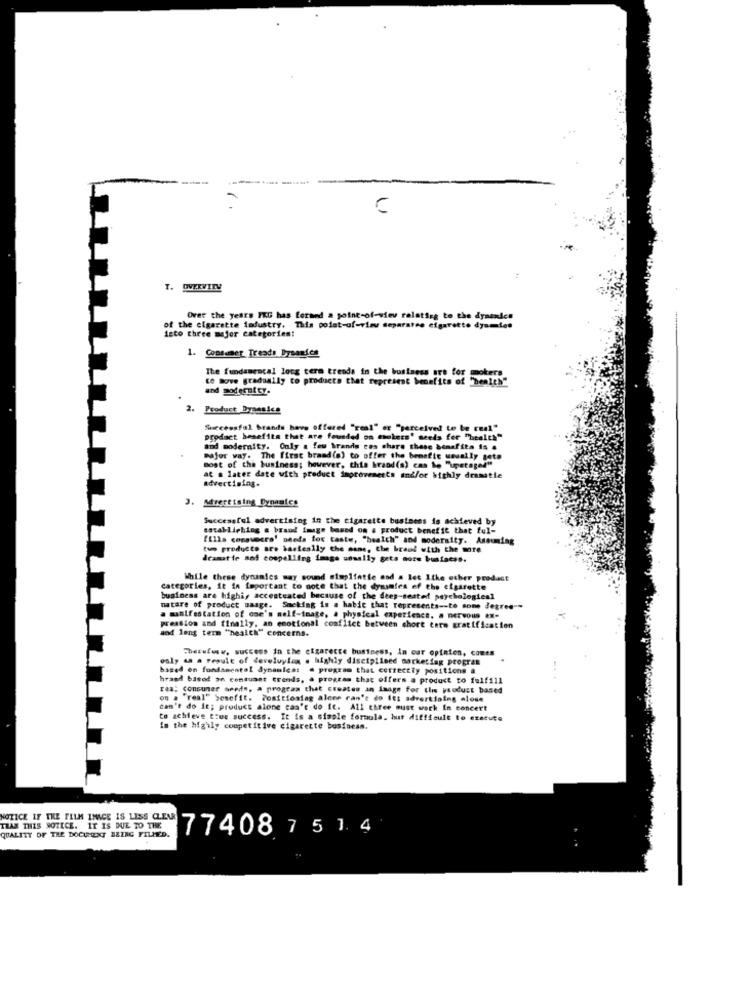
T. OVERVIEW
Over the years IKG has formed a point-of-view relating to the dynenden
isto three mejor categorien!
of the cigarette industry. This point-of-view separatee cigarette dyamtes
1. Consumer Tresds Dysanies
The fundamental long term trends in the business are for smokers
to move gradually to products that represent benefits of "bealch"
and podecutty.
2. Product Dyansles
Successful brands have offered "real" er "perceived to be real"
product benefits that are founded on mokets' seeds for "health"
and modernity. Only a few brands ens share these benefits is #
major way. The first brand(o) to offer the benefit usually gets
most of the business; however, this brand(s) cas ie "upetaged"
at a later date with product improvements and/or highly dramatie
advertising.
. Advertising Dynamics
Successful advertising in the cigarette business is achieved by
establishing a brand image based on a product benefit that ful-
fills consuecro' needs for taste, "healch" and modersity. Assuming
tuo producto are bastesily the same, the brand with the more
dramatie and compelling image usually gets note bustacso.
While these dynamics may sound simplfatte and a let 1the other product
categories, it is feportant to note that the dynamies of the cigarette
business are highi, accesteated because of the dees-seated psychologiesl
matare of product usage. Smeking is a hable that represents -- to some degree --
a manifestation of one's self-image, a physical experience. a nervous ex-
and long term "health" concerns.
pression and finally, an emotional conflict between short term gratification
cherufwww. success in the cigarecte business, In car opinion, comes
only as a result of develuylan a highly disciplined marketing progras
based on fondamental dynamics: a program that correctly positions a
hraed based on contuant trends, a program that offers a product to fulfill
rea: consumer seeds, a program that creates an image for the product based
....
on a "real" Sesefit. Positioning alone can't do It: advertising =lose
can't do It; product alone can't do It. All three must work In concert
to achieve true success. It is a simple formula. hut difficult to execute
in the highly competitive cigarette business.
NOTICE IF THE FILM IMAGE IS LESS CLEAR
THAN THIS NOTICE. IT IS DUE TO THE
QUALITY OF THE DOCUMENT BLING FILLED.
77408 7 5 1. 4